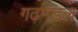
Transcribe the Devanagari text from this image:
गढ़मंडल